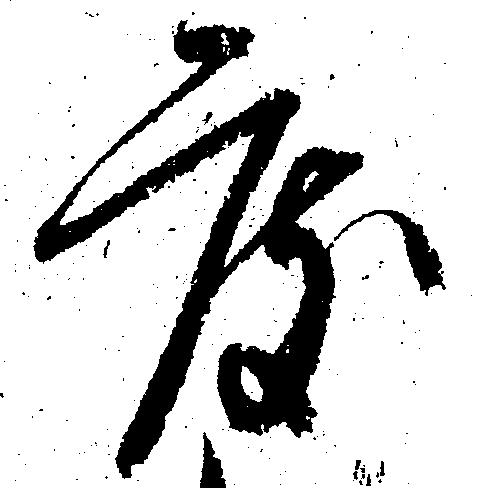
度